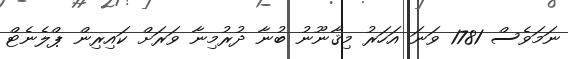
ނަމަވެސް 1781 ވަނަ އަހަރު މިޤާނޫނު ބުނާ ދުރުމިނާ ވަރަށް ކައިރިން ޕްލެނެޓް